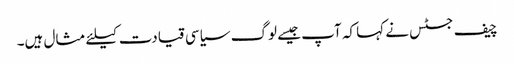
چیف جسٹس نے کہا کہ آپ جیسے لوگ سیاسی قیادت کیلئے مثال ہیں۔